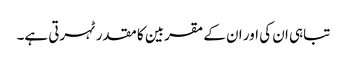
تباہی ان کی اور ان کے مقربین کا مقدر ٹہرتی ہے۔